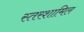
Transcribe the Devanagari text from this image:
स्तरशामिल